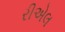
રીએલ